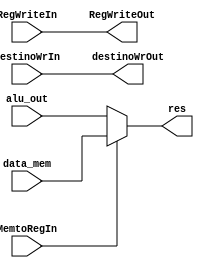
module WB (RegWriteOut,destinoWrOut,res,data_mem,alu_out,destinoWrIn,RegWriteIn,MemtoRegIn);
  input [31:0] alu_out,data_mem;
  input RegWriteIn,MemtoRegIn;
  input [3:0] destinoWrIn;
  output RegWriteOut;
  output [31:0] res;
  output [3:0] destinoWrOut;
  
  
  assign RegWriteOut=RegWriteIn;
  assign destinoWrOut=destinoWrIn;
  assign res=MemtoRegIn?data_mem:alu_out;
  
endmodule